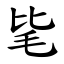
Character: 毞